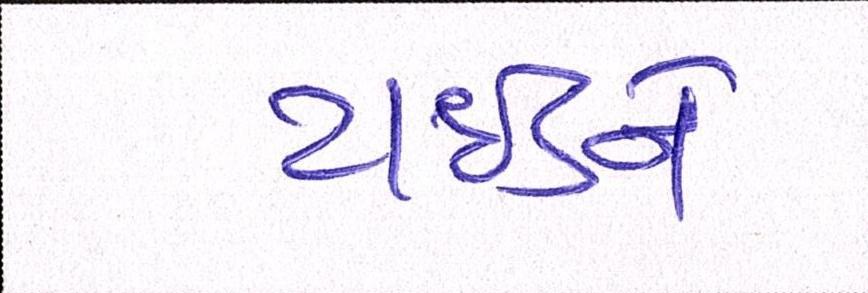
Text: ટાઈડને